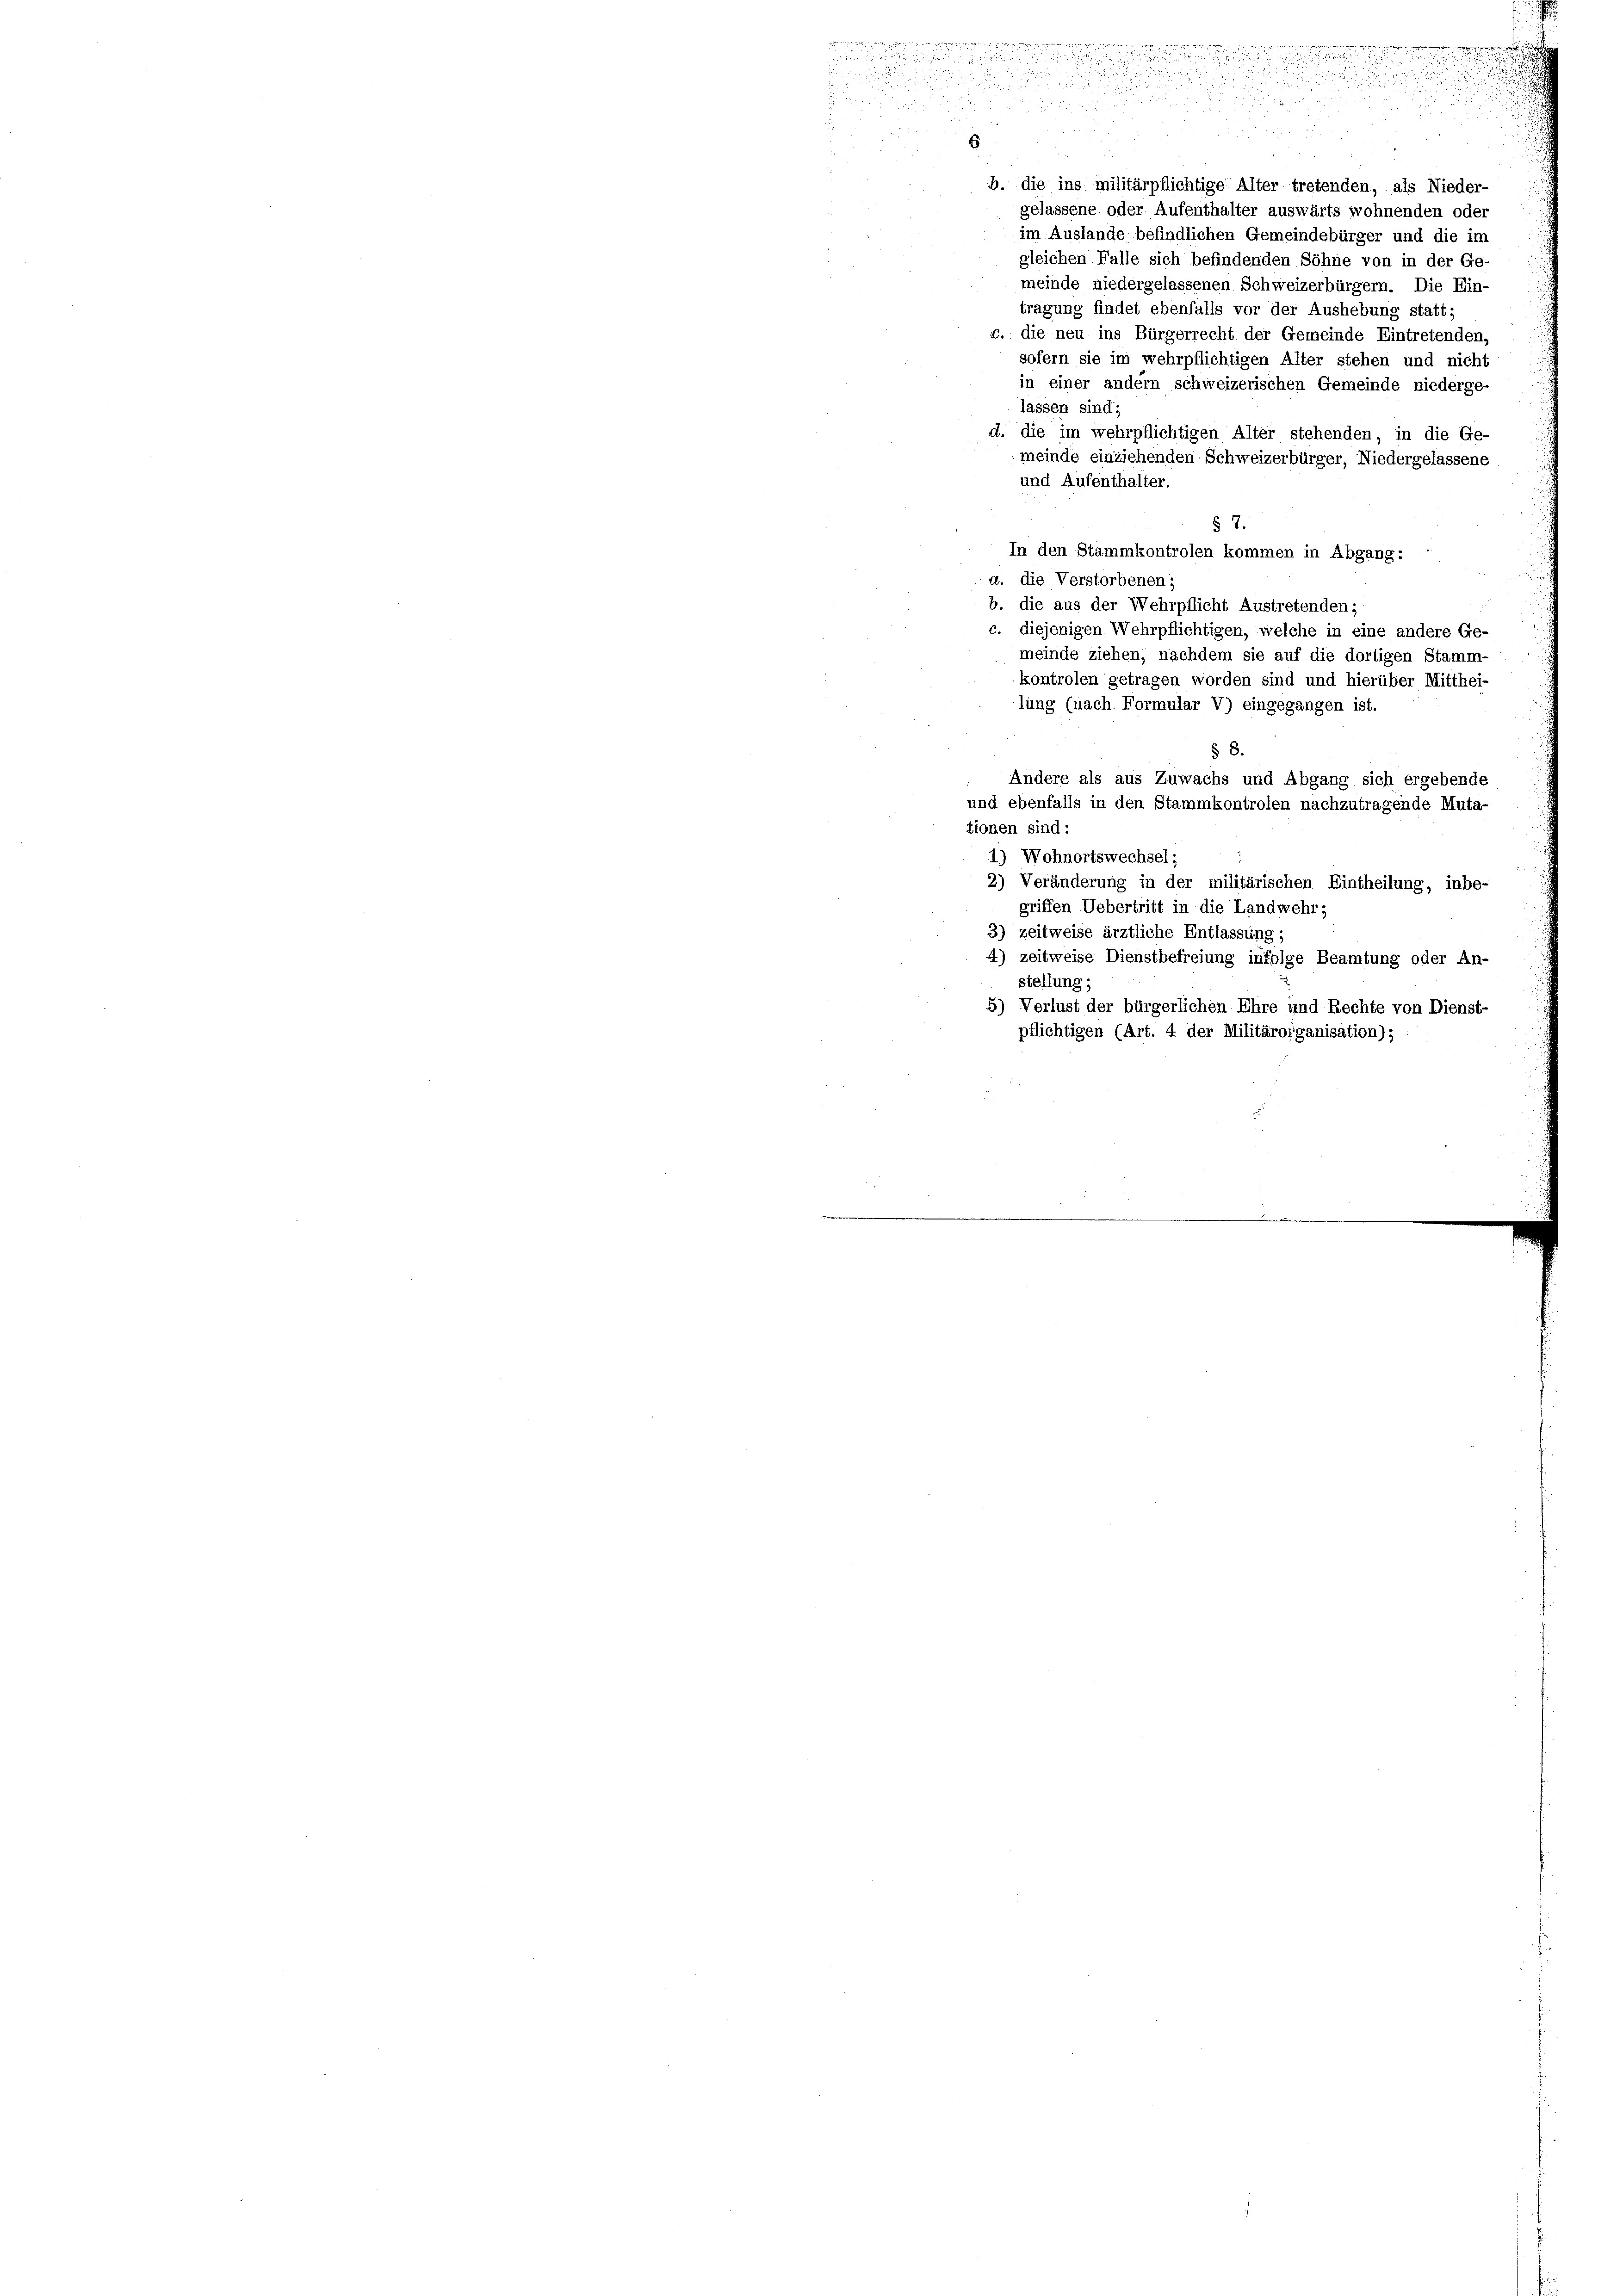
gelassene oder Aufenthalter auswärts wohnenden oder
im Auslande befindlichen Gemeindebürger und die im
gleichen Falle sich befindenden Söhne von in der Ge-
meinde niedergelassenen Schweizerbürgern. Die Ein-
tragung findet ebenfalls vor der Aushebung statt;
c. die neu ins Bürgerrecht der Gemeinde Eintretenden,
sofern sie im wehrpflichtigen Alter stehen und nicht
in einer andern schweizerischen Gemeinde niederge-
lassen sind;
d. die im wehrpflichtigen Alter stehenden, in die Ge-
meinde einziehenden Schweizerbürger, Niedergelassene
und Aufenthalter.
§ 7.
In den Stammkontrolen kommen in Abgang:
a. die Verstorbenen;
b. die aus der Wehrpflicht Austretenden;
c. diejenigen Wehrpflichtigen, welche in eine andere Ge-
meinde ziehen, nachdem sie auf die dortigen Stamm-
kontrolen getragen worden sind und hierüber Mitthei-
lung (nach Formular V) eingegangen ist.
§ 8.
Andere als aus Zuwachs und Abgang sich ergebende
und ebenfalls in den Stammkontrolen nachzutragende Muta-
tionen sind:
1) Wohnortswechsel;
2) Veränderung in der militärischen Eintheilung, inbe-
griffen Uebertritt in die Landwehr;
3) zeitweise ärztliche Entlassung;
4) zeitweise Dienstbefreiung infolge Beamtung oder An-
stellung;
5) Verlust der bürgerlichen Ehre und Rechte von Dienst-
pflichtigen (Art. 4 der Militärorganisation);

.
i

.

xx

u
6
b. die ins militärpflichtige Alter tretenden, als Nieder-